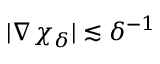
| \nabla \chi _ { \delta } | \lesssim \delta ^ { - 1 }